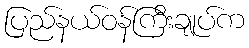
ပြည်နယ်ဝန်ကြီးချုပ်က